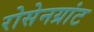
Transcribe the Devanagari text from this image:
रोसेनग्रांट